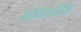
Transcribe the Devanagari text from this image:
लोक्तंतांत्रिक